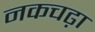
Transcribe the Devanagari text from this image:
नकचढ़ा